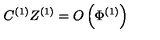
C ^ { ( 1 ) } Z ^ { ( 1 ) } = O \left( \Phi ^ { ( 1 ) } \right)